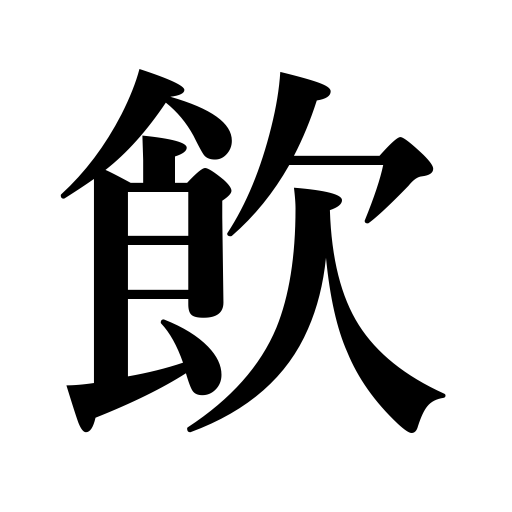
Meanings: taste,conceal a weapon,drink,swallow,despise,drinking,smoke,take,feast,accept an idea,devour